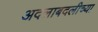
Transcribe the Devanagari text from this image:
अदलाबदलीच्या